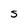
Character: S